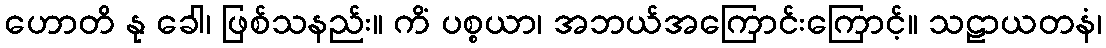
ဟောတိ နု ခေါ၊ ဖြစ်သနည်း။ ကိံ ပစ္စယာ၊ အဘယ်အကြောင်းကြောင့်။ သဠာယတနံ၊